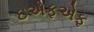
ઇએફએફ